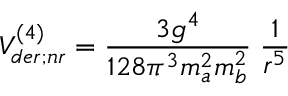
V _ { d e r ; n r } ^ { ( 4 ) } = \frac { 3 g ^ { 4 } } { 1 2 8 \pi ^ { 3 } m _ { a } ^ { 2 } m _ { b } ^ { 2 } } \; \frac { 1 } { r ^ { 5 } }